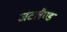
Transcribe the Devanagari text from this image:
जटलैण्ड